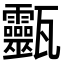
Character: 𤮹